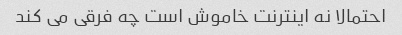
احتمالا نه اینترنت خاموش است چه فرقی می کند